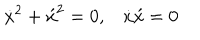
\dot { x } ^ { 2 } + \acute { x } ^ { 2 } = 0 , \dot { x } \acute { x } = 0